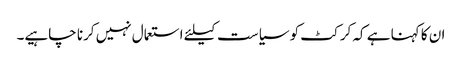
ان کا کہنا ہے کہ کرکٹ کو سیاست کیلئے استعمال نہیں کرنا چاہیے۔